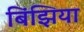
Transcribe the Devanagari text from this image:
बिंझिया